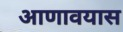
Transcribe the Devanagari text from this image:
आणावयास